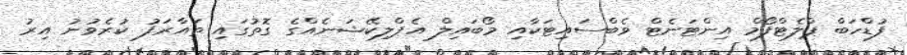
ފުޑްހަބް ޕްލެޓްފޯމް އިންޓަނެޓް ވެބްސައިޓަކާއި މޯބައިލް އެޕްލިކޭޝަނެއްގެ ގޮތުގައި ތައާރަފު ކުރެވުނު އިރު